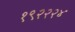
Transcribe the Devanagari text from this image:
१९२२२४